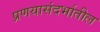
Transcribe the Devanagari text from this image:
प्रणयासंदर्भातील